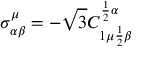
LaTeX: \sigma _ { \alpha \beta } ^ { \mu } = - \sqrt { 3 } C _ { 1 \mu { \frac { 1 } { 2 } } \beta } ^ { { \frac { 1 } { 2 } } \alpha }